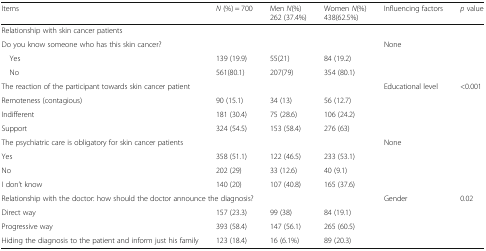
<table><thead><tr><td><b>Items</b></td><td><b><i>N</i> (%) = 700</b></td><td><b>Men <i>N</i>(%)262 (37.4%)</b></td><td><b>Women <i>N</i>(%)438(62.5%)</b></td><td><b>Influencing factors</b></td><td><b><i>p</i> value</b></td></tr></thead><tbody><tr><td colspan="6">Relationship with skin cancer patients</td></tr><tr><td colspan="4">Do you know someone who has this skin cancer?</td><td>None</td><td></td></tr><tr><td> Yes</td><td>139 (19.9)</td><td>55(21)</td><td>84 (19.2)</td><td></td><td></td></tr><tr><td> No</td><td>561(80.1)</td><td>207(79)</td><td>354 (80.1)</td><td></td><td></td></tr><tr><td colspan="4">The reaction of the participant towards skin cancer patient</td><td>Educational level</td><td>&lt;0.001</td></tr><tr><td>Remoteness (contagious)</td><td>90 (15.1)</td><td>34 (13)</td><td>56 (12.7)</td><td></td><td></td></tr><tr><td>Indifferent</td><td>181 (30.4)</td><td>75 (28.6)</td><td>106 (24.2)</td><td></td><td></td></tr><tr><td>Support</td><td>324 (54.5)</td><td>153 (58.4)</td><td>276 (63)</td><td></td><td></td></tr><tr><td colspan="4">The psychiatric care is obligatory for skin cancer patients</td><td>None</td><td></td></tr><tr><td>Yes</td><td>358 (51.1)</td><td>122 (46.5)</td><td>233 (53.1)</td><td></td><td></td></tr><tr><td>No</td><td>202 (29)</td><td>33 (12.6)</td><td>40 (9.1)</td><td></td><td></td></tr><tr><td>I don’t know</td><td>140 (20)</td><td>107 (40.8)</td><td>165 (37.6)</td><td></td><td></td></tr><tr><td colspan="4">Relationship with the doctor: how should the doctor announce the diagnosis?</td><td>Gender</td><td>0.02</td></tr><tr><td>Direct way</td><td>157 (23.3)</td><td>99 (38)</td><td>84 (19.1)</td><td></td><td></td></tr><tr><td>Progressive way</td><td>393 (58.4)</td><td>147 (56.1)</td><td>265 (60.5)</td><td></td><td></td></tr><tr><td>Hiding the diagnosis to the patient and inform just his family</td><td>123 (18.4)</td><td>16 (6.1%)</td><td>89 (20.3)</td><td></td><td></td></tr></tbody></table>